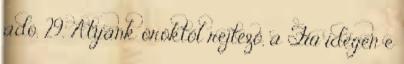
adó. 29. Atyánk öröktől rejtező, a Fiú idegen e